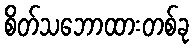
စိတ်သဘောထားတစ်ခု